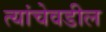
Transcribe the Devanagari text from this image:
त्यांचेवडील